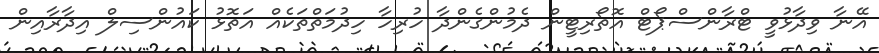
އޭނާ ވިދާޅުވީ ޓްރާންސްޕޯޓް އޮތޯރިޓީން ދެމުންގެންދާ ހުރިހާ ހިދުމަތްތަކެއް އަތޮޅު ކައުންސިލް އިދާރާއިން